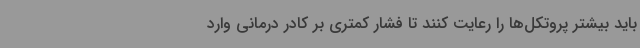
باید بیشتر پروتکل‌ها را رعایت کنند تا فشار کمتری بر کادر درمانی وارد